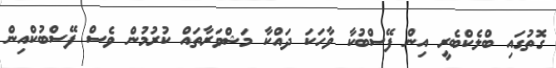
ގޮތުގައި ބްލެކްބެރީ އިން ފޭސްބުކާ ވާހަކަ ދައްކާ މަޝްވަރާތައް ކުރުމުން ވެސް ފޭސްބުކްއިން